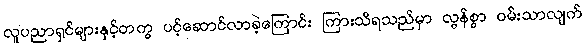
လူပညာရှင်များနှင့်တကွ ပင့်ဆောင်လာခဲ့ကြောင်း ကြားသိရသည်မှာ လွန်စွာ ဝမ်းသာလျက်